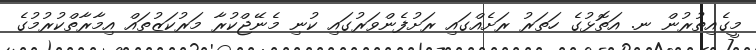
މީގެއިތުރުން ނ. އަތޮޅުގެ ހަތަރު ރަށެއްގައި ރަށުފެންވަރުގައި ކުނި މެނޭޖްކުރާ މަރުކަޒުތައް އިމާރާތްކުރުމުގެ